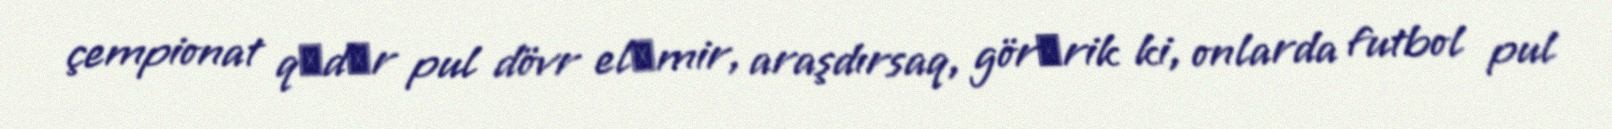
çempionat qәdәr pul dövr elәmir, araşdırsaq, görәrik ki, onlarda futbol pul